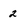
Character: 2